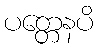
ပတ္တေနပိ